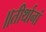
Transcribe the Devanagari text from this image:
॥तीर्थानां